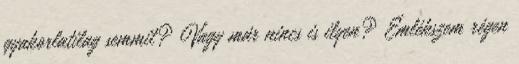
gyakorlatilag semmit? Vagy már nincs is ilyen? Emlékszem régen